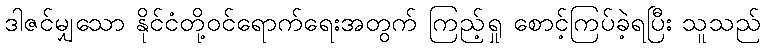
ဒါဇင်မျှသော နိုင်ငံတို့ဝင်ရောက်ရေးအတွက် ကြည့်ရှု စောင့်ကြပ်ခဲ့ရပြီး သူသည်